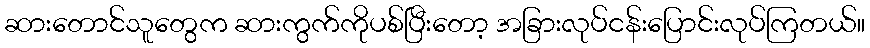
ဆားတောင်သူတွေက ဆားကွက်ကိုပစ်ပြီးတော့ အခြားလုပ်ငန်းပြောင်းလုပ်ကြတယ်။